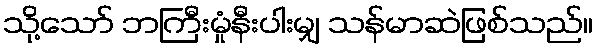
သို့သော် ဘကြီးမှုံနီးပါးမျှ သန်မာဆဲဖြစ်သည်။